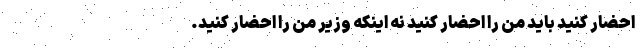
احضار کنید باید من را احضار کنید نه اینکه وزیر من را احضار کنید.